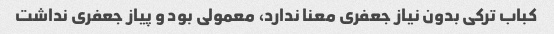
کباب ترکی بدون نیاز جعفری معنا ندارد، معمولی بود و پیاز جعفری نداشت